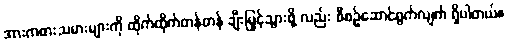
အားကစားသမားများကို ထိုက်ထိုက်တန်တန် ချီးမြှင့်သွားဖို့ လည်း စီစဉ်ဆောင်ရွက်လျက် ရှိပါတယ်။